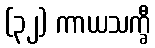
(၃၂) ကာယသက္ခီ